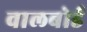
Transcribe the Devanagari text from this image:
वालबोर्ड